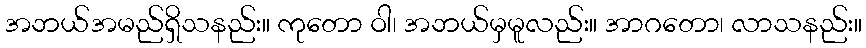
အဘယ်အမည်ရှိသနည်း။ ကုတော ဝါ၊ အဘယ်မှမူလည်း။ အာဂတော၊ လာသနည်း။